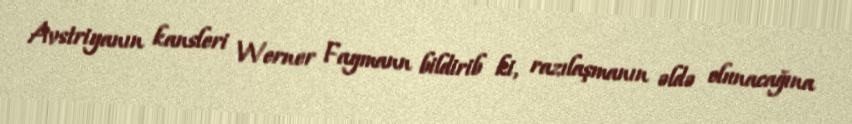
Avstriyanın kansleri Werner Faymann bildirib ki, razılaşmanın əldə olunacağına